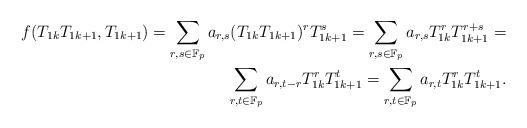
LaTeX: \begin{align*}f(T_{1k}T_{1k+1},T_{1k+1})=\sum_{r,s\in {\mathbb F}_p}a_{r,s}(T_{1k}T_{1k+1})^rT_{1k+1}^s=\sum_{r,s\in {\mathbb F}_p}a_{r,s}T_{1k}^rT_{1k+1}^{r+s}=\\\sum_{r,t\in {\mathbb F}_p}a_{r,t-r}T_{1k}^rT_{1k+1}^t=\sum_{r,t\in {\mathbb F}_p}a_{r,t}T_{1k}^rT_{1k+1}^t.\end{align*}